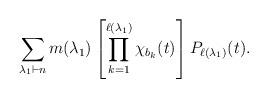
LaTeX: \begin{align*} \sum \limits_{\lambda_1 \vdash n} m( \lambda_1) \left [ \prod \limits_{k=1}^{\ell(\lambda_1)} \chi_{b_k}(t) \right ] P_{\ell(\lambda_1)}(t). \end{align*}